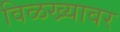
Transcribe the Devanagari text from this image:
विळख्यावर